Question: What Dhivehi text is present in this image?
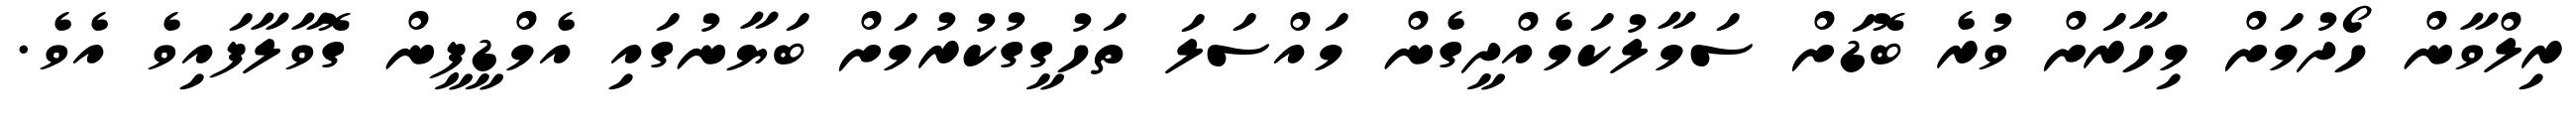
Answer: ރިލްވާން ހޯދުމަށް މިހާރަށް ވުރެ ބޮޑަށް ސަމާލުކަމެއްދީގެން މައްސަލަ ތަހުގީގުކުރުމަށް ބަޔާނުގައި އެމްޑީޕީން ގޮވާލާފައިވެ އެވެ.